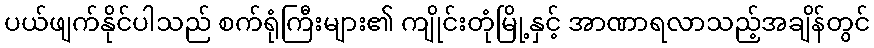
ပယ်ဖျက်နိုင်ပါသည် စက်ရုံကြီးများ၏ ကျိုင်းတုံမြို့နှင့် အာဏာရလာသည့်အချိန်တွင်